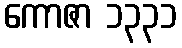
ကောဇာ ၁၃၃၁